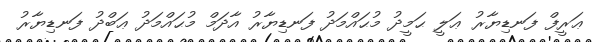
ޢަރީފް ފަނޑިޔާރު ޢަލީ ޙަމީދު މުޙައްމަދު ފަނޑިޔާރު އާދަމް މުޙައްމަދު ޢަބްދު ފަނޑިޔާރު